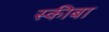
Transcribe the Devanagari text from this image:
स्कीबा